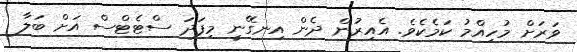
ވަރަށް މުހިއްމު ކަމެކެވެ. އެއިރުން ދެން އިނގޭނީ މިފަދަ ސްޓެޓްސް އަށް ބަލާ